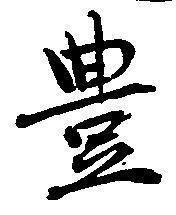
豊